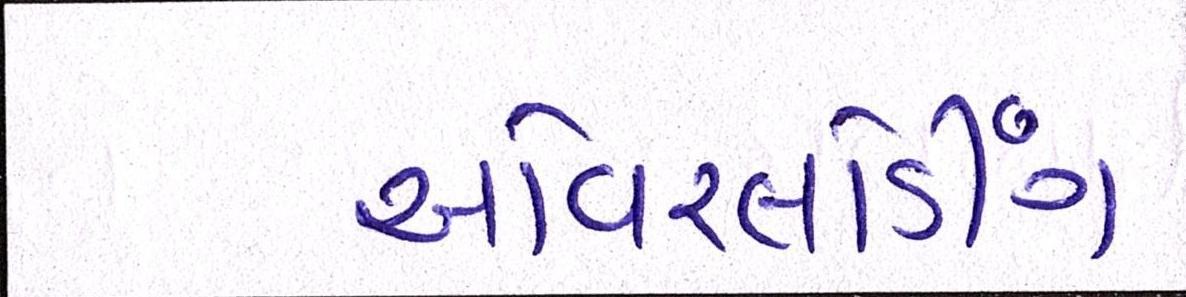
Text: ઓવરલોડીંગ